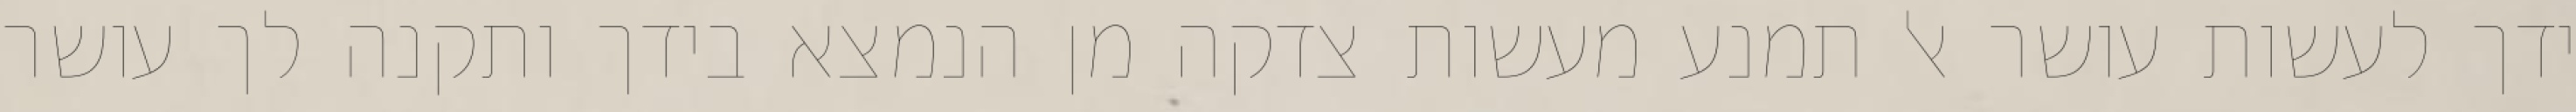
ידך לעשות עושר אל תמנע מעשות צדקה מן הנמצא בידך ותקנה לך עושר